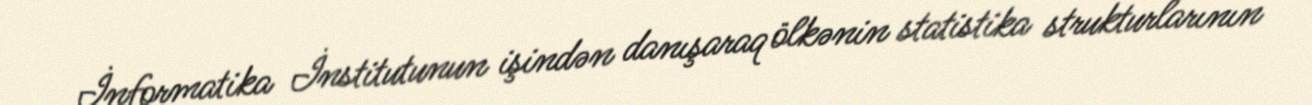
İnformatika İnstitutunun işindən danışaraq ölkənin statistika strukturlarının